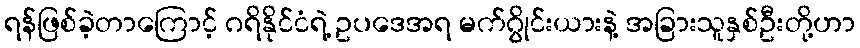
ရန်ဖြစ်ခဲ့တာကြောင့် ဂရိနိုင်ငံရဲ့ ဥပဒေအရ မက်ဂွိုင်းယားနဲ့ အခြားသူနှစ်ဦးတို့ဟာ